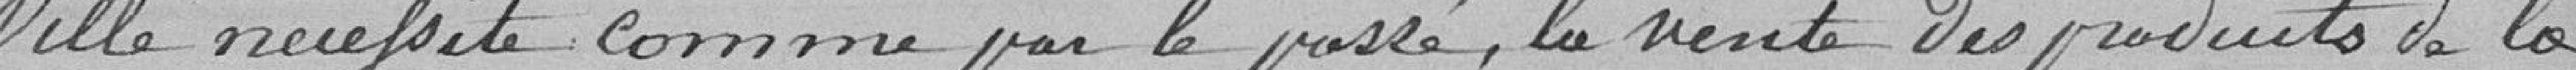
ville nécessite, comme par le passé, la vente des produits de la